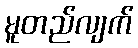
မူတည်လျက်